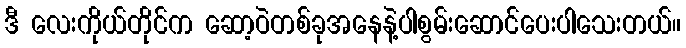
ဒီ လေးကိုယ်တိုင်က ဆော့ဝဲတစ်ခုအနေနဲ့ပါစွမ်းဆောင်ပေးပါသေးတယ်။